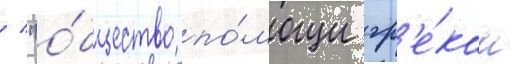
/ "о́бщество по́мощи гр'е́кам